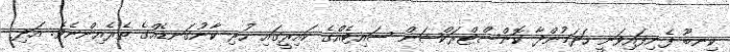
ކިނބޫ ފެނިފައިވަނީ ހަދަމުންދާ ކޮންސްޓްރަކްޝަން ސައިޓެއްގެ ކައިރީގައި ހުރި ކާނުގަނޑެއްގެ ތެރެއިންނެވެ. އަދި